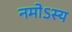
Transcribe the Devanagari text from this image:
नमोऽस्य